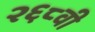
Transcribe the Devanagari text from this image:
२६८वी